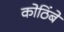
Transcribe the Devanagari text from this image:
कोठिंबे